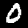
Label: 0